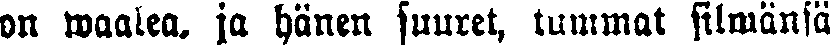
on waalea, ja hänen suuret, tummat silmänsä